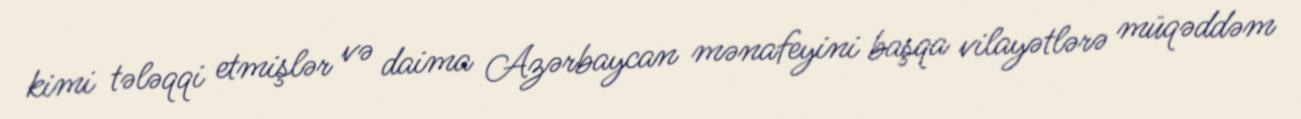
kimi tələqqi etmişlər və daima Azərbaycan mənafeyini başqa vilayətlərə müqəddəm